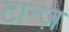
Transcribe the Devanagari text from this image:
टान्ज़